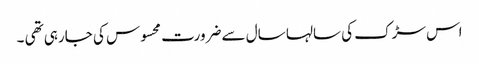
اس سڑک کی سالہا سال سے ضرورت محسوس کی جارہی تھی ۔